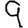
Digit: 9